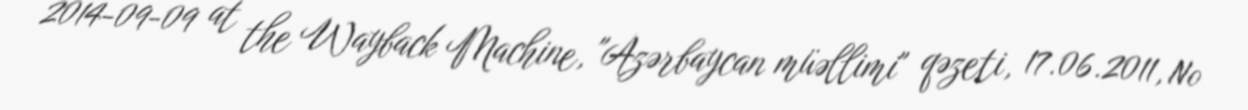
2014-09-09 at the Wayback Machine, "Azərbaycan müəllimi" qəzeti, 17.06.2011, №